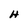
Character: H